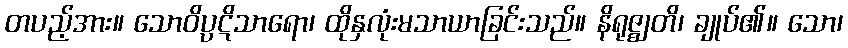
တပည့်အား။ သောဝိပ္ပဋိသာရော၊ ထိုနှလုံးမသာယာခြင်းသည်။ နိရုဇ္ဈတိ၊ ချုပ်၏။ သော၊